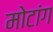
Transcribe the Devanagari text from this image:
मोटांग